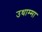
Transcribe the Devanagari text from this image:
उथाम्मा